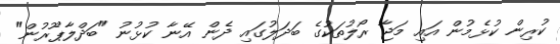
ކުރިން ކުޅެމުން އައި މަޖާ ރޯލުތަކުގެ ބަދަލުގައި ދެން އޭނާ ކުޅުނު "ބަދްލާޕޫރުން"